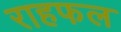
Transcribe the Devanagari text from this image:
राहफल